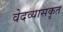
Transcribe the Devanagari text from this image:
वेदव्यासकृत